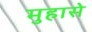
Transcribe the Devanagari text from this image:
मुहासे